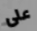
على